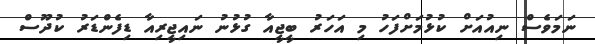
ނަމަވެސް ނިއުއަށް ކުޅުމަށްފަހު މި އަހަރު ބީޖީއާ ގުޅުނު ނައިޖީރިއާ ޑިފެންޑަރު ކުދޫސް